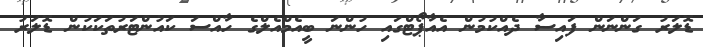
ޑޮލަރު ގަންނަން ފައިސާ ދެއްކުމުން އެއާޕޯޓްގައި ހުންނަ ބީއެމްއެލްގެ ހާއްސަ ކައުންޓަރުތަކަކުން ޑޮލަރު